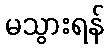
မသွားရန်